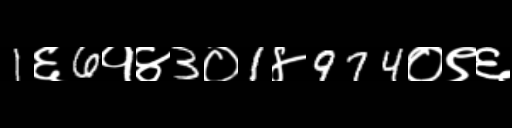
Text: 1६6१४3०1४974०९६